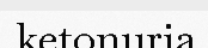
ketonuria